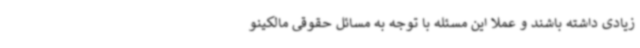
زیادی داشته باشند و عملا این مسئله با توجه به مسائل حقوقی مالکینو